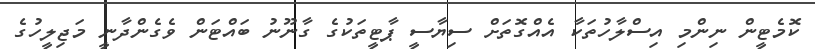
ކޮމެޓީން ނިންމި އިސްލާހުތަކާ އެއްގޮތަށް ސިޔާސީ ޕާޓީތަކުގެ ގާނޫނު ބައްޓަން ވެގެންދާނީ މަޖިލީހުގެ